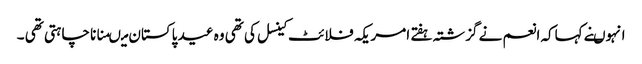
انہوںنے کہاکہ انعم نے گزشتہ ہفتے امریکہ فلائٹ کینسل کی تھی وہ عید پاکستان میںمنانا چاہتی تھی ۔